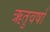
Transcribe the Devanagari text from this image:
ऋतुवर्षा